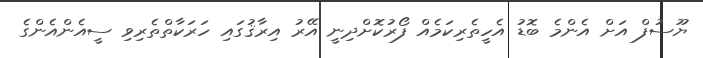
ޔޫސުފް އަށް އެންމެ ބޮޑު އެހީތެރިކަމެއް ފޯރުކޮށްދިނީ އޭރު އިރާޤުގައި ހަރަކާތްތެރިވި ސީއެންއެންގެ